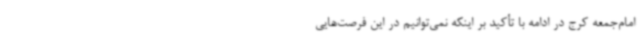
امام‌جمعه کرج در ادامه با تأکید بر اینکه نمی‌توانیم در این فرصت‌هایی